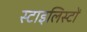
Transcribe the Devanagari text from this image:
स्टाइलिस्टों